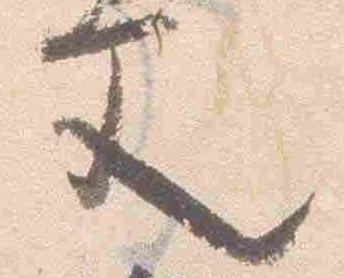
文